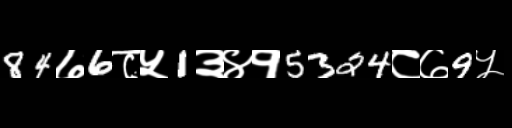
Text: 84७6८५1३४१5324८७9५